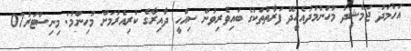
އަހުމަދު ޖަމްޝީދު މުހަންމަދުއެހީދޭ ފަރާތްތަކުގެ ބައިވެރިވުން ސިއްހީ ދާއިރާގެ ކުރިއެރުމަށް މުހިންމު: މިނިސްޓަރު07